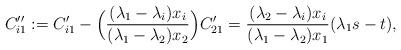
LaTeX: \begin{align*}C''_{i1}:=C'_{i1}-\Big(\frac{(\lambda_1-\lambda_i)x_i}{(\lambda_1-\lambda_2)x_2}\Big)C'_{21}=\frac{(\lambda_2-\lambda_i)x_i}{(\lambda_1-\lambda_2)x_1}(\lambda_1s-t),\end{align*}